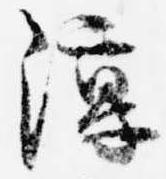
淳